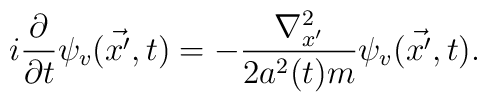
i \frac{\partial}{\partial t} \psi_v ( \vec {x'}, t) = - \frac{{\nabla}^2_{x'}}{2 a^2(t) m} \psi_v ( \vec {x'}, t).